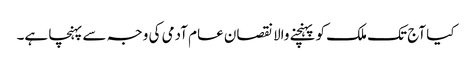
کیا آج تک ملک کو پہنچنے والا نقصان عام آدمی کی وجہ سے پہنچا ہے۔